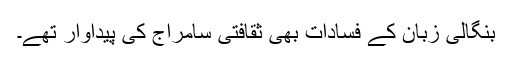
بنگالی زبان کے فسادات بھی ثقافتی سامراج کی پیداوار تھے۔